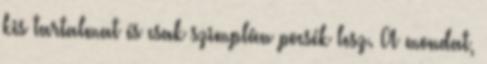
kis tartalmat és csak szimplán pocsék lesz. A mondat,